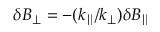
\delta B _ { \perp } = - ( k _ { \parallel } / k _ { \perp } ) \delta B _ { \parallel }